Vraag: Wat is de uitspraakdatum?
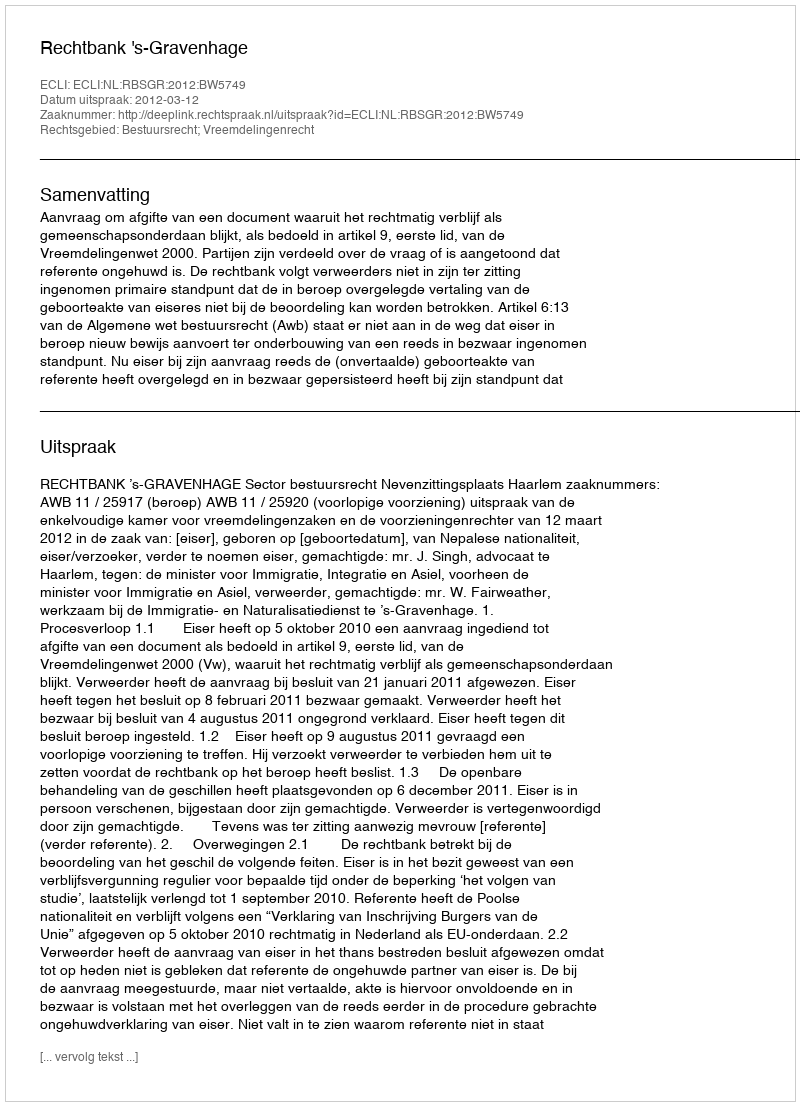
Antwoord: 2012-03-12